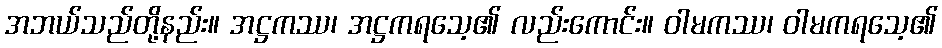
အဘယ်သည်တို့နည်း။ အဋ္ဌကဿ၊ အဋ္ဌကရသေ့၏ လည်းကောင်း။ ဝါမကဿ၊ ဝါမကရသေ့၏